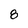
Character: 8